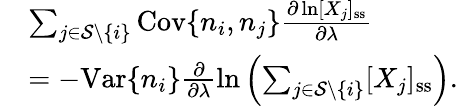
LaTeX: \begin{array}{rl}&{\sum_{j\in\mathcal{S}\setminus\{ i\} }\mathrm{Cov}\{ n_{i},n_{j}\} \frac{\partial\ln[X_{j}]_{\mathrm{ss}}}{\partial\lambda}}\\ &{=-\mathrm{Var}\{ n_{i}\} \frac{\partial}{\partial\lambda}\ln\left(\sum_{j\in\mathcal{S}\setminus\{ i\} }[X_{j}]_{\mathrm{ss}}\right).}\end{array}